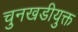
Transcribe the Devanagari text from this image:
चुनखडीयुक्त